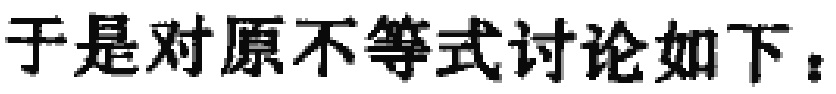
于是对原不等式讨论如下：